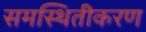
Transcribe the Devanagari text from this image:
समस्थितीकरण